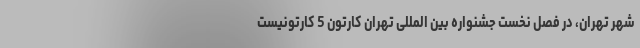
شهر تهران، در فصل نخست جشنواره بین المللی تهران کارتون 5 کارتونیست